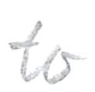
Text: to
Cross-out: clean
Writing tool: pencil